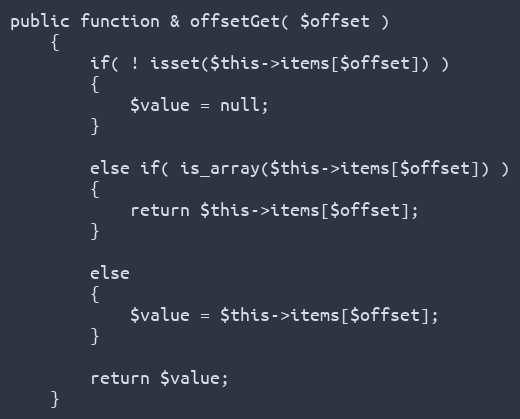
Language: PHP
public function & offsetGet( $offset )
	{
		if( ! isset($this->items[$offset]) )
		{
			$value = null;
		}

		else if( is_array($this->items[$offset]) )
		{
			return $this->items[$offset];
		}

		else
		{
			$value = $this->items[$offset];
		}

		return $value;
	}